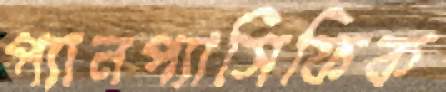
প্যানপ্যাসিফিক